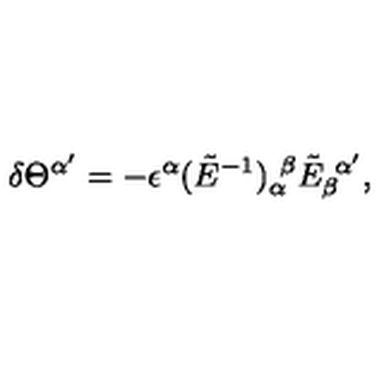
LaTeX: \delta \Theta ^ { \alpha ^ { \prime } } = - \epsilon ^ { \alpha } ( \tilde { E } ^ { - 1 } ) _ { \alpha } ^ { \ \beta } \tilde { E } _ { \beta } ^ { \ \alpha ^ { \prime } } ,